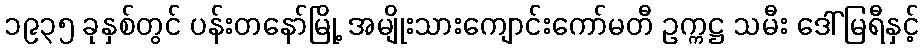
၁၉၃၅ ခုနှစ်တွင် ပန်းတနော်မြို့ အမျိုးသားကျောင်းကော်မတီ ဥက္ကဋ္ဌ သမီး ဒေါ်မြရီနှင့်